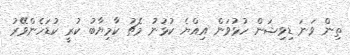
ތިން ވަނަ ޑިވިޝަން ހުޅުވަން އިއްޔެ ކުޅުނު މެޗު ކާމިޔާބު ކުރީ ކުޑަހެންވޭރު